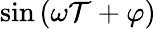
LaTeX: \sin{(\omega\mathcal{T}+\varphi)}